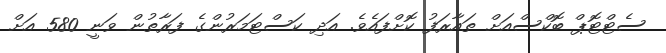
ސެޓްޓޮޕް ބޮކްސްއަށް ތައާރަފު ކޮށްފައެވެ. އަދި ކަސްޓަމަރުންގެ ފަރާތުން ވަނީ 580 އަށް